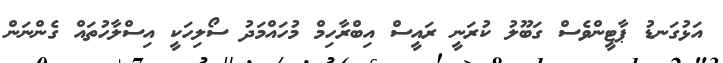
އަޅުގަނޑު ޕާޓީންވެސް ގަބޫލު ކުރަނީ ރައީސް އިބްރާހިމް މުހައްމަދު ސޯލިހަކީ އިސްލާހުތައް ގެންނަން